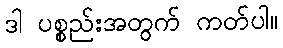
ဒါ ပစ္စည်းအတွက် ကတ်ပါ။